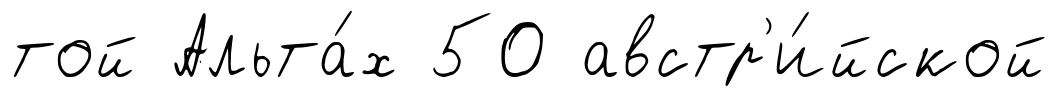
той Альта́х 50 австр'и́йской